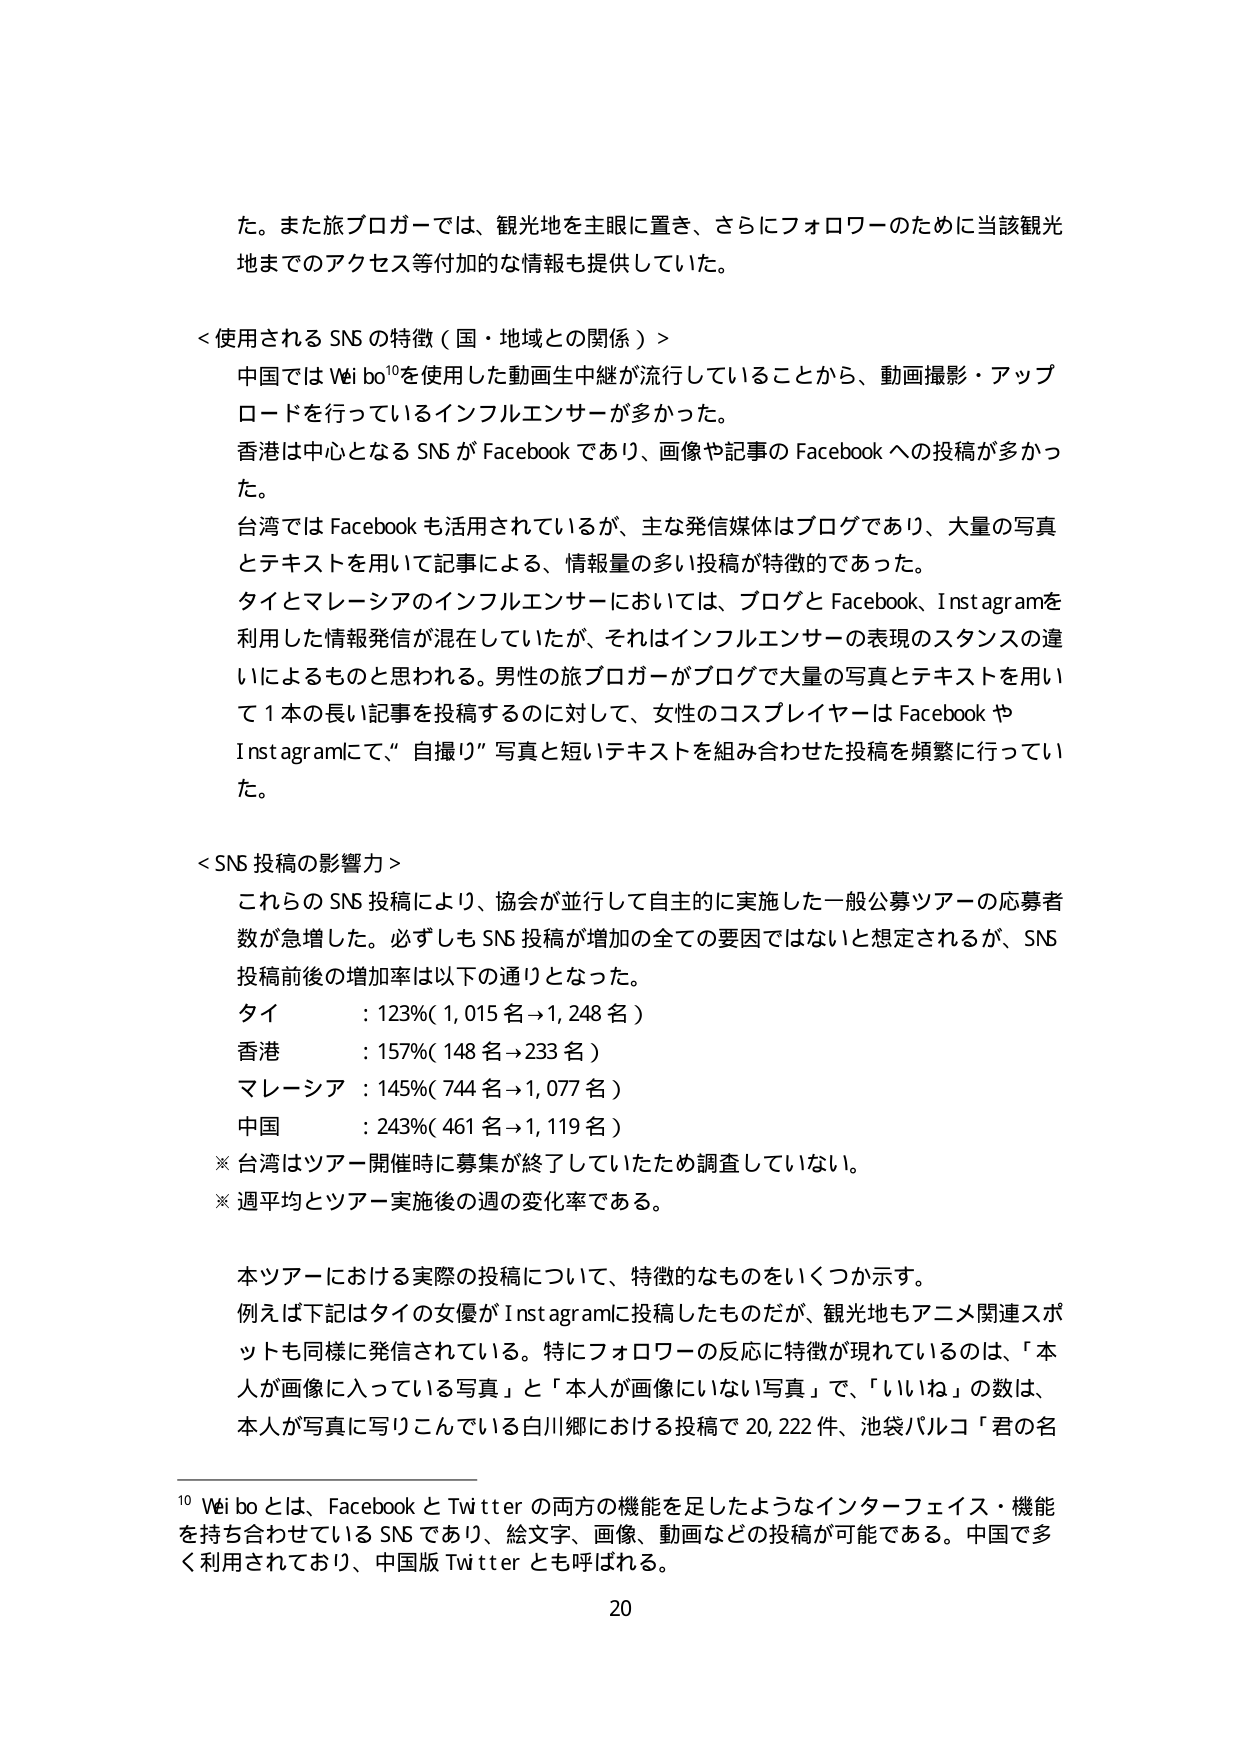
た。また旅ブロガーでは、観光地を主眼に置き、さらにフォロワーのために当該観光地までのアクセス等付加的な情報も提供していた。

＜使用される SNS の特徴（国・地域との関係）＞
中国では Wei bo¹⁰を使用した動画生中継が流行していることから、動画撮影・アップロードを行っているインフルエンサーが多かった。
香港は中心となる SNS が Facebook であり、画像や記事の Facebook への投稿が多かった。
台湾では Facebook も活用されているが、主な発信媒体はブログであり、大量の写真とテキストを用いて記事による、情報量の多い投稿が特徴的であった。
タイとマレーシアのインフルエンサーにおいては、ブログと Facebook、Instagram を利用した情報発信が混在していたが、それはインフルエンサーの表現のスタンスの違いによるものと思われる。男性の旅ブロガーがブログで大量の写真とテキストを用いて 1 本の長い記事を投稿するのに対して、女性のコスプレイヤーは Facebook や Instagram にて、“自撮り”写真と短いテキストを組み合わせた投稿を頻繁に行っていた。

＜SNS 投稿の影響力＞
これらの SNS 投稿により、協会が並行して自主的に実施した一般公募ツアーの応募者数が急増した。必ずしも SNS 投稿が増加の全ての要因ではないと想定されるが、SNS 投稿前後の増加率は以下の通りとなった。
タイ ：123%（1,015 名→1,248 名）
香港 ：157%（148 名→233 名）
マレーシア ：145%（744 名→1,077 名）
中国 ：243%（461 名→1,119 名）
※ 台湾はツアー開催時に募集が終了していたため調査していない。
※ 週平均とツアー実施後の週の変化率である。

本ツアーにおける実際の投稿について、特徴的なものをいくつか示す。
例えば下記はタイの女優が Instagram に投稿したものだが、観光地もアニメ関連スポットも同様に発信されている。特にフォロワーの反応に特徴が現れているのは、「本人が画像に入っている写真」と「本人が画像にいない写真」で、「いいね」の数は、本人が写真に写りこんでいる白川郷における投稿で 20,222 件、池袋パルコ「君の名

¹⁰ Wei bo とは、Facebook と Twitter の両方の機能を足したようなインターフェイス・機能を持ち合わせている SNS であり、総文字、画像、動画などの投稿が可能である。中国で多く利用されており、中国版 Twitter とも呼ばれる。

20